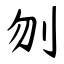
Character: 刎